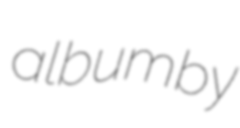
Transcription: album by